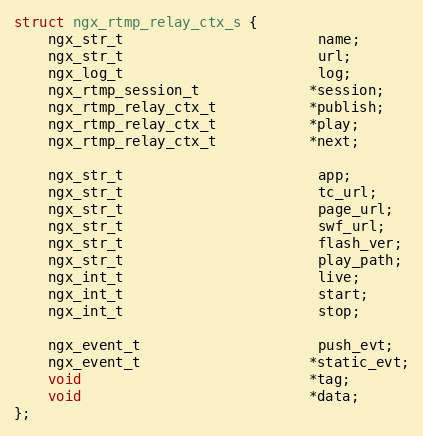
Language: C
struct ngx_rtmp_relay_ctx_s {
    ngx_str_t                       name;
    ngx_str_t                       url;
    ngx_log_t                       log;
    ngx_rtmp_session_t             *session;
    ngx_rtmp_relay_ctx_t           *publish;
    ngx_rtmp_relay_ctx_t           *play;
    ngx_rtmp_relay_ctx_t           *next;

    ngx_str_t                       app;
    ngx_str_t                       tc_url;
    ngx_str_t                       page_url;
    ngx_str_t                       swf_url;
    ngx_str_t                       flash_ver;
    ngx_str_t                       play_path;
    ngx_int_t                       live;
    ngx_int_t                       start;
    ngx_int_t                       stop;

    ngx_event_t                     push_evt;
    ngx_event_t                    *static_evt;
    void                           *tag;
    void                           *data;
};